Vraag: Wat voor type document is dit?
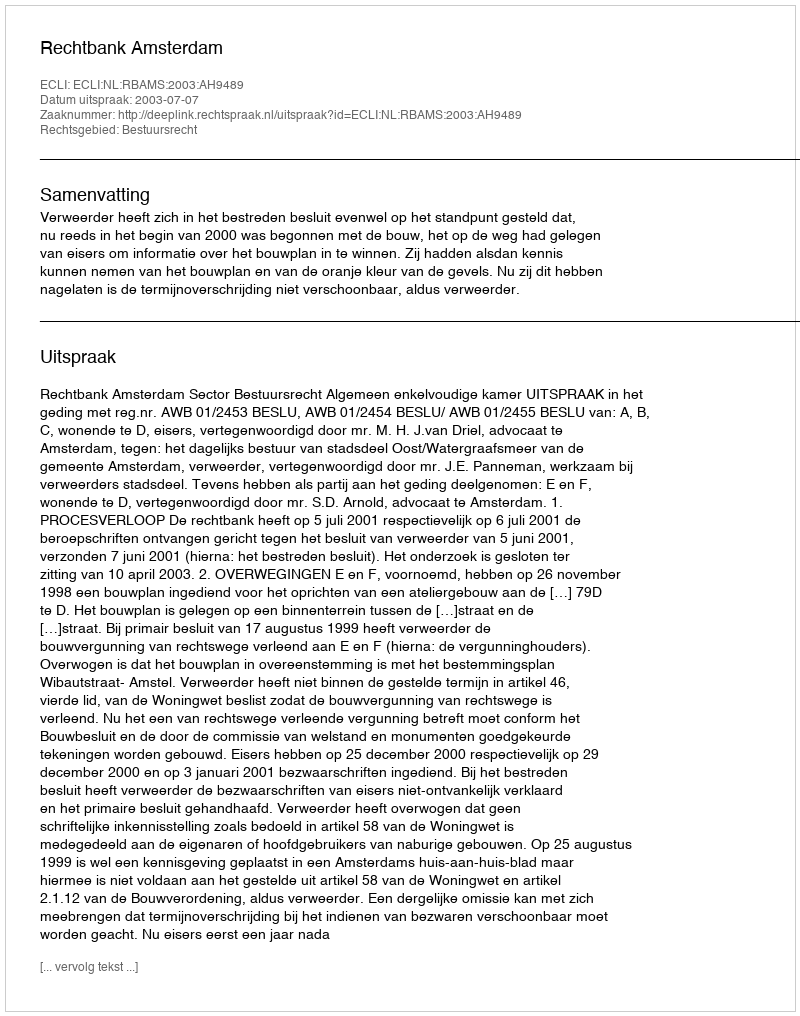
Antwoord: Uitspraak